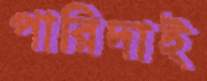
পারিদাই